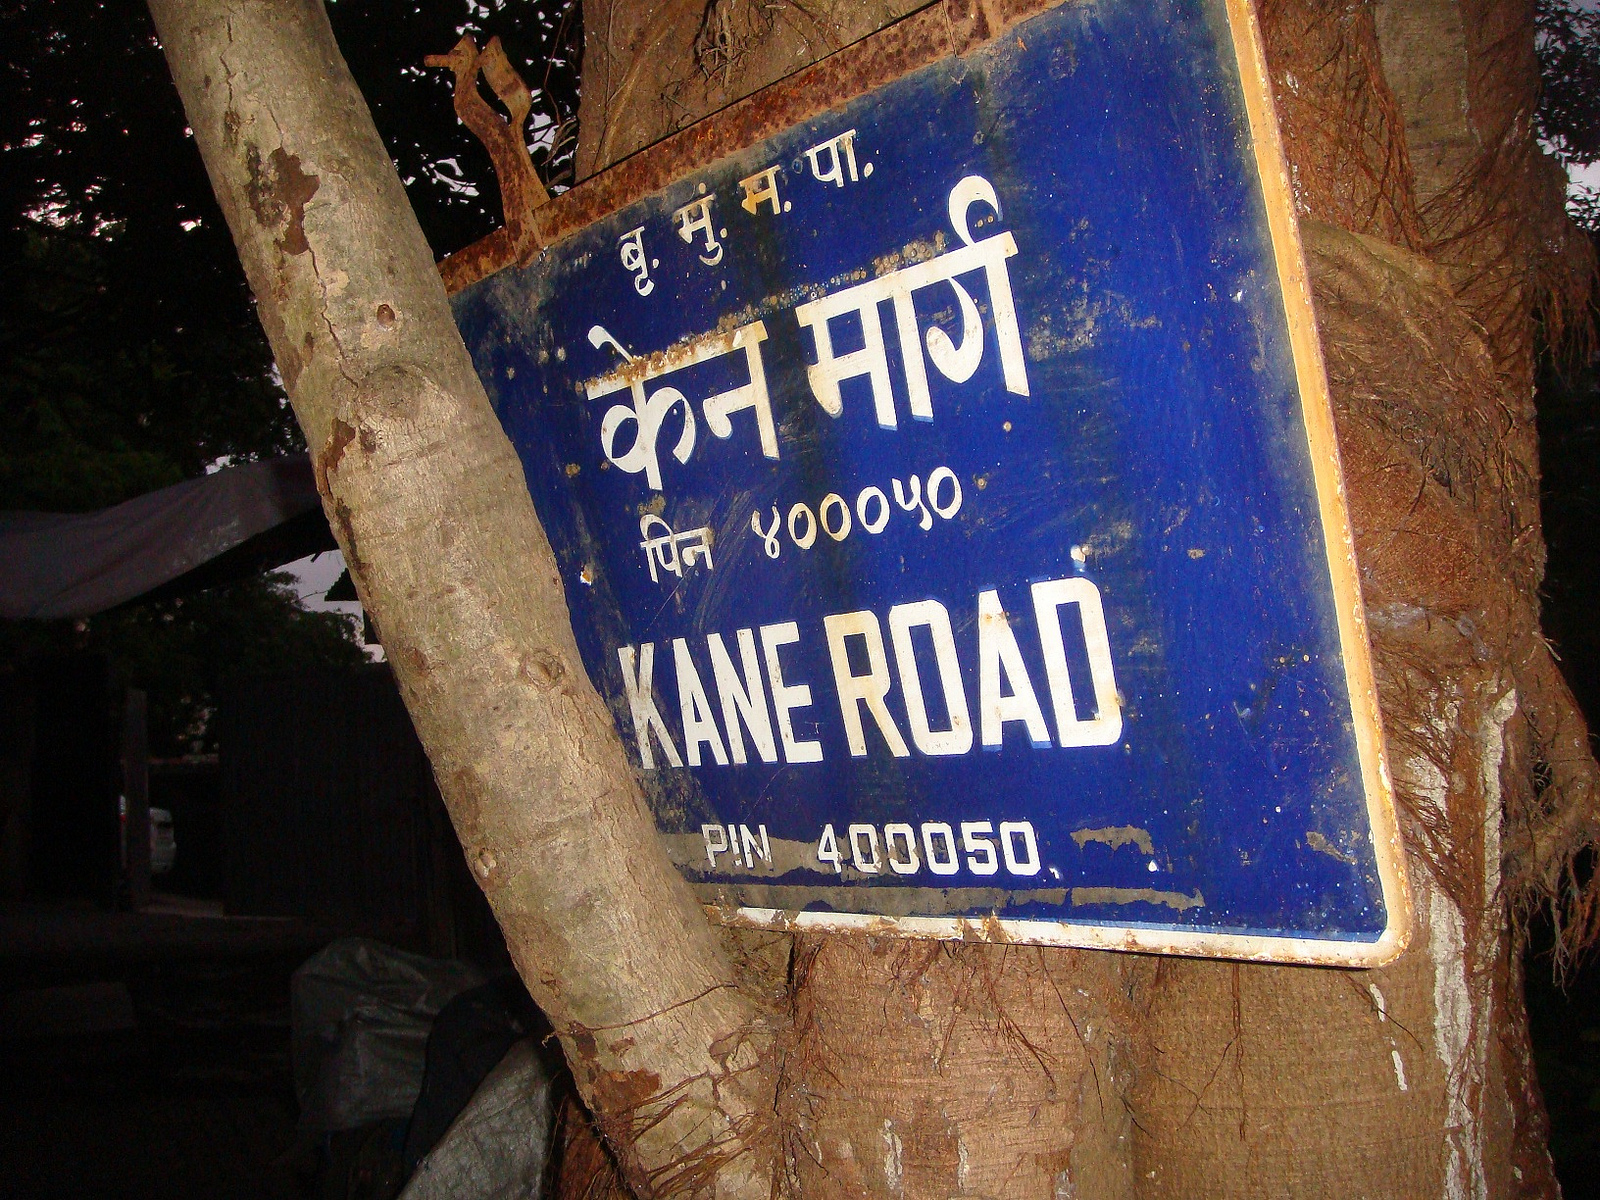
Language: hindi
Transcription: म. पा. मु. बृ, ४०००५० पिन केन मार्ग